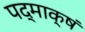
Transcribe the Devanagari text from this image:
पद्माक्षं